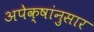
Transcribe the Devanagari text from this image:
अपेक्षांनुसार